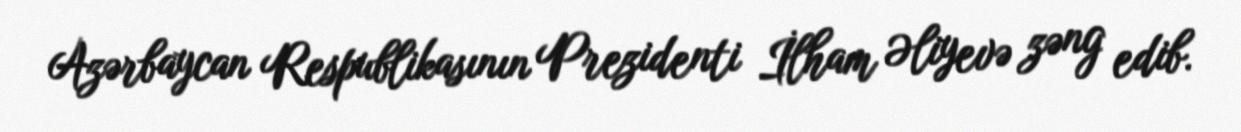
Azərbaycan Respublikasının Prezidenti İlham Əliyevə zəng edib.